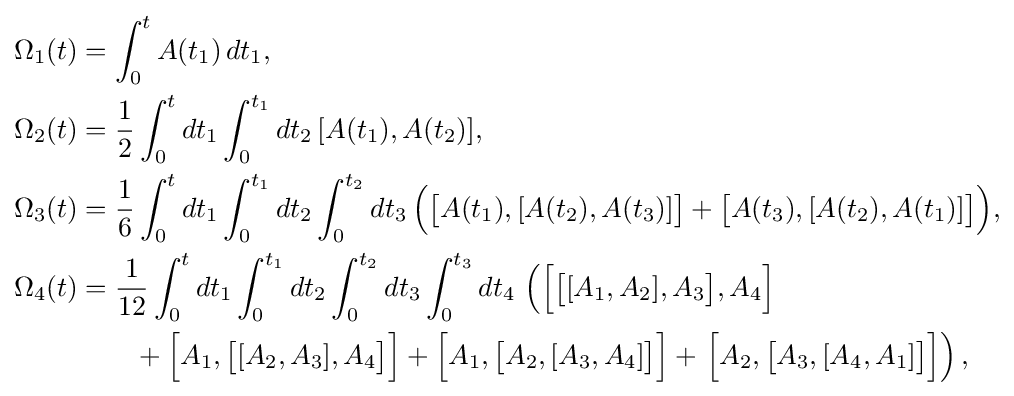
{\begin{aligned}\Omega _{1}(t)&=\int _{0}^{t}A(t_{1})\,dt_{1},\\\Omega _{2}(t)&={\frac {1}{2}}\int _{0}^{t}dt_{1}\int _{0}^{t_{1}}dt_{2}\,[A(t_{1}),A(t_{2})],\\\Omega _{3}(t)&={\frac {1}{6}}\int _{0}^{t}dt_{1}\int _{0}^{t_{1}}dt_{2}\int _{0}^{t_{2}}dt_{3}\,{\Bigl (}{\big [}A(t_{1}),[A(t_{2}),A(t_{3})]{\big ]}+{\big [}A(t_{3}),[A(t_{2}),A(t_{1})]{\big ]}{\Bigr )},\\\Omega _{4}(t)&={\frac {1}{12}}\int _{0}^{t}dt_{1}\int _{0}^{t_{1}}dt_{2}\int _{0}^{t_{2}}dt_{3}\int _{0}^{t_{3}}dt_{4}\,\left({\Big [}{\big [}[A_{1},A_{2}],A_{3}{\big ]},A_{4}{\Big ]}\right.\\&\qquad +{\Big [}A_{1},{\big [}[A_{2},A_{3}],A_{4}{\big ]}{\Big ]}+{\Big [}A_{1},{\big [}A_{2},[A_{3},A_{4}]{\big ]}{\Big ]}+\left.{\Big [}A_{2},{\big [}A_{3},[A_{4},A_{1}]{\big ]}{\Big ]}\right),\end{aligned}}